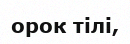
орок тілі,